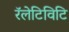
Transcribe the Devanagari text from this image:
रॅलेटिविटि